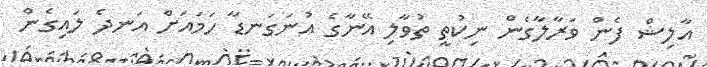
އާލިޝް ފެން ވަރާލާގެން ނިކުތީ ތުވާލި އޭނާގެ އުނަގަނޑާ ހަމައަށް އަނދެ ލައިގެން